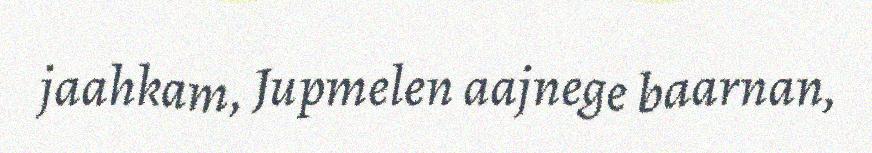
jaahkam, Jupmelen aajnege baarnan,